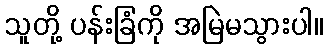
သူတို့ ပန်းခြံကို အမြဲမသွားပါ။